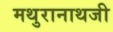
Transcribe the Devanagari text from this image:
मथुरानाथजी